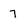
Character: 7